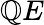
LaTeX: \mathbb{Q}E